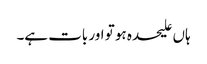
ہاں علیحدہ ہو تو اور بات ہے۔